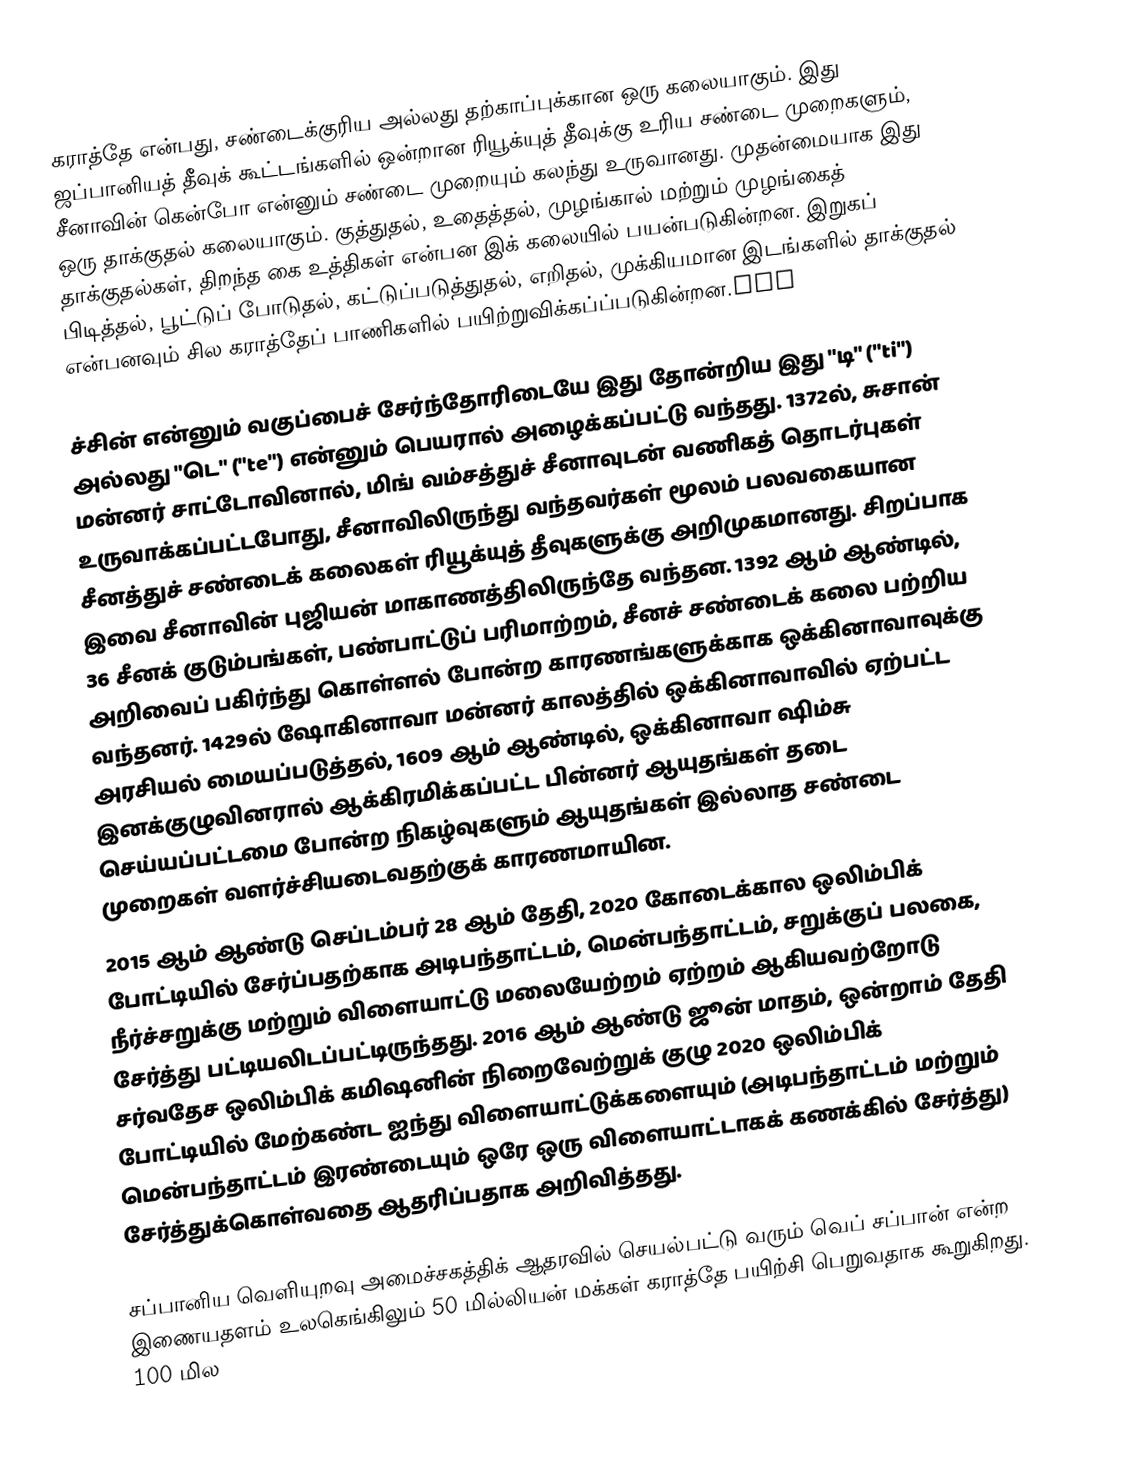
கராத்தே என்பது, சண்டைக்குரிய அல்லது தற்காப்புக்கான ஒரு கலையாகும். இது ஜப்பானியத் தீவுக் கூட்டங்களில் ஒன்றான ரியூக்யுத் தீவுக்கு உரிய சண்டை முறைகளும், சீனாவின் கென்போ என்னும் சண்டை முறையும் கலந்து உருவானது. முதன்மையாக இது ஒரு தாக்குதல் கலையாகும். குத்துதல், உதைத்தல், முழங்கால் மற்றும் முழங்கைத் தாக்குதல்கள், திறந்த கை உத்திகள் என்பன இக் கலையில் பயன்படுகின்றன. இறுகப் பிடித்தல், பூட்டுப் போடுதல், கட்டுப்படுத்துதல், எறிதல், முக்கியமான இடங்களில் தாக்குதல் என்பனவும் சில கராத்தேப் பாணிகளில் பயிற்றுவிக்கப்ப்படுகின்றன.vHh

ச்சின் என்னும் வகுப்பைச் சேர்ந்தோரிடையே இது தோன்றிய இது "டி" ("ti") அல்லது "டெ" ("te") என்னும் பெயரால் அழைக்கப்பட்டு வந்தது. 1372ல், சுசான் மன்னர் சாட்டோவினால், மிங் வம்சத்துச் சீனாவுடன் வணிகத் தொடர்புகள் உருவாக்கப்பட்டபோது, சீனாவிலிருந்து வந்தவர்கள் மூலம் பலவகையான சீனத்துச் சண்டைக் கலைகள் ரியூக்யுத் தீவுகளுக்கு அறிமுகமானது. சிறப்பாக இவை சீனாவின் புஜியன் மாகாணத்திலிருந்தே வந்தன. 1392 ஆம் ஆண்டில், 36 சீனக் குடும்பங்கள், பண்பாட்டுப் பரிமாற்றம், சீனச் சண்டைக் கலை பற்றிய அறிவைப் பகிர்ந்து கொள்ளல் போன்ற காரணங்களுக்காக ஒக்கினாவாவுக்கு வந்தனர். 1429ல் ஷோகினாவா மன்னர் காலத்தில் ஒக்கினாவாவில் ஏற்பட்ட அரசியல் மையப்படுத்தல், 1609 ஆம் ஆண்டில், ஒக்கினாவா ஷிம்சு இனக்குழுவினரால் ஆக்கிரமிக்கப்பட்ட பின்னர் ஆயுதங்கள் தடை செய்யப்பட்டமை போன்ற நிகழ்வுகளும் ஆயுதங்கள் இல்லாத சண்டை முறைகள் வளர்ச்சியடைவதற்குக் காரணமாயின.
2015 ஆம் ஆண்டு செப்டம்பர் 28 ஆம் தேதி, 2020 கோடைக்கால ஒலிம்பிக் போட்டியில் சேர்ப்பதற்காக அடிபந்தாட்டம், மென்பந்தாட்டம், சறுக்குப் பலகை, நீர்ச்சறுக்கு மற்றும் விளையாட்டு மலையேற்றம் ஏற்றம் ஆகியவற்றோடு சேர்த்து பட்டியலிடப்பட்டிருந்தது. 2016 ஆம் ஆண்டு ஜூன் மாதம், ஒன்றாம் தேதி சர்வதேச ஒலிம்பிக் கமிஷனின் நிறைவேற்றுக் குழு 2020 ஒலிம்பிக் போட்டியில் மேற்கண்ட ஐந்து விளையாட்டுக்களையும் (அடிபந்தாட்டம் மற்றும் மென்பந்தாட்டம் இரண்டையும் ஒரே ஒரு விளையாட்டாகக் கணக்கில் சேர்த்து) சேர்த்துக்கொள்வதை ஆதரிப்பதாக அறிவித்தது.

சப்பானிய வெளியுறவு அமைச்சகத்திக் ஆதரவில் செயல்பட்டு வரும் வெப் சப்பான் என்ற இணையதளம் உலகெங்கிலும் 50 மில்லியன் மக்கள் கராத்தே பயிற்சி பெறுவதாக கூறுகிறது. 100 மில